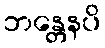
ဘန္တေနပိ